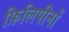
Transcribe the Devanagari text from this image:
फ़िलिपीनों